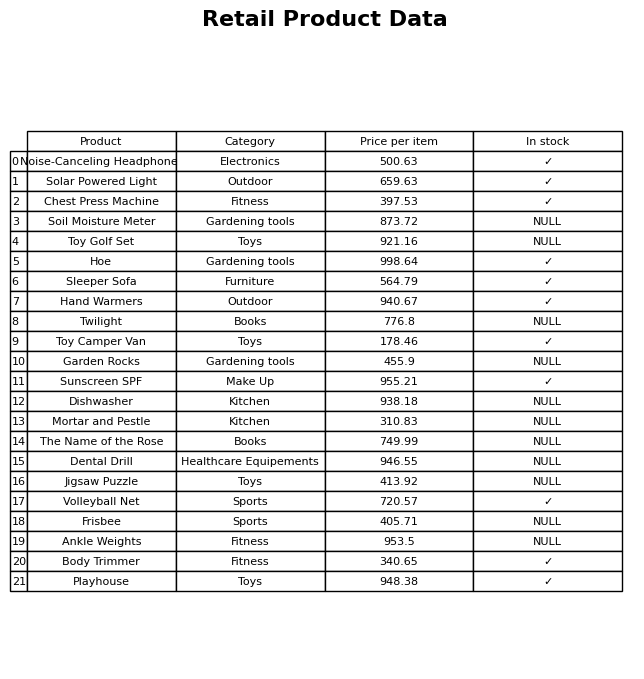
question: What is the price of the Soil Moisture Meter?
answer: The price of Soil Moisture Meter is 873.72.